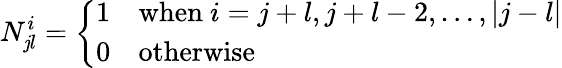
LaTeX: N_{\mathit{j}l}^{i}=\left\{ \begin{array}{ll}{{1}}&{{\mathrm{when}~i=j+l,j+l-2,\ldots,|j-l|}}\\ {{0}}&{{\mathrm{otherwise}}}\end{array}\right.